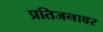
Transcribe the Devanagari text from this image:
प्रतिजनावर